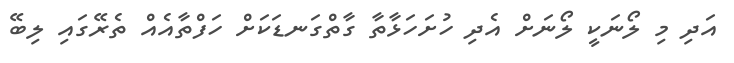
އަދި މި ލޯނަކީ ލޯނަށް އެދި ހުށަހަޅާތާ ގާތްގަނޑަކަށް ހަފްތާއެއް ތެރޭގައި ލިބޭ